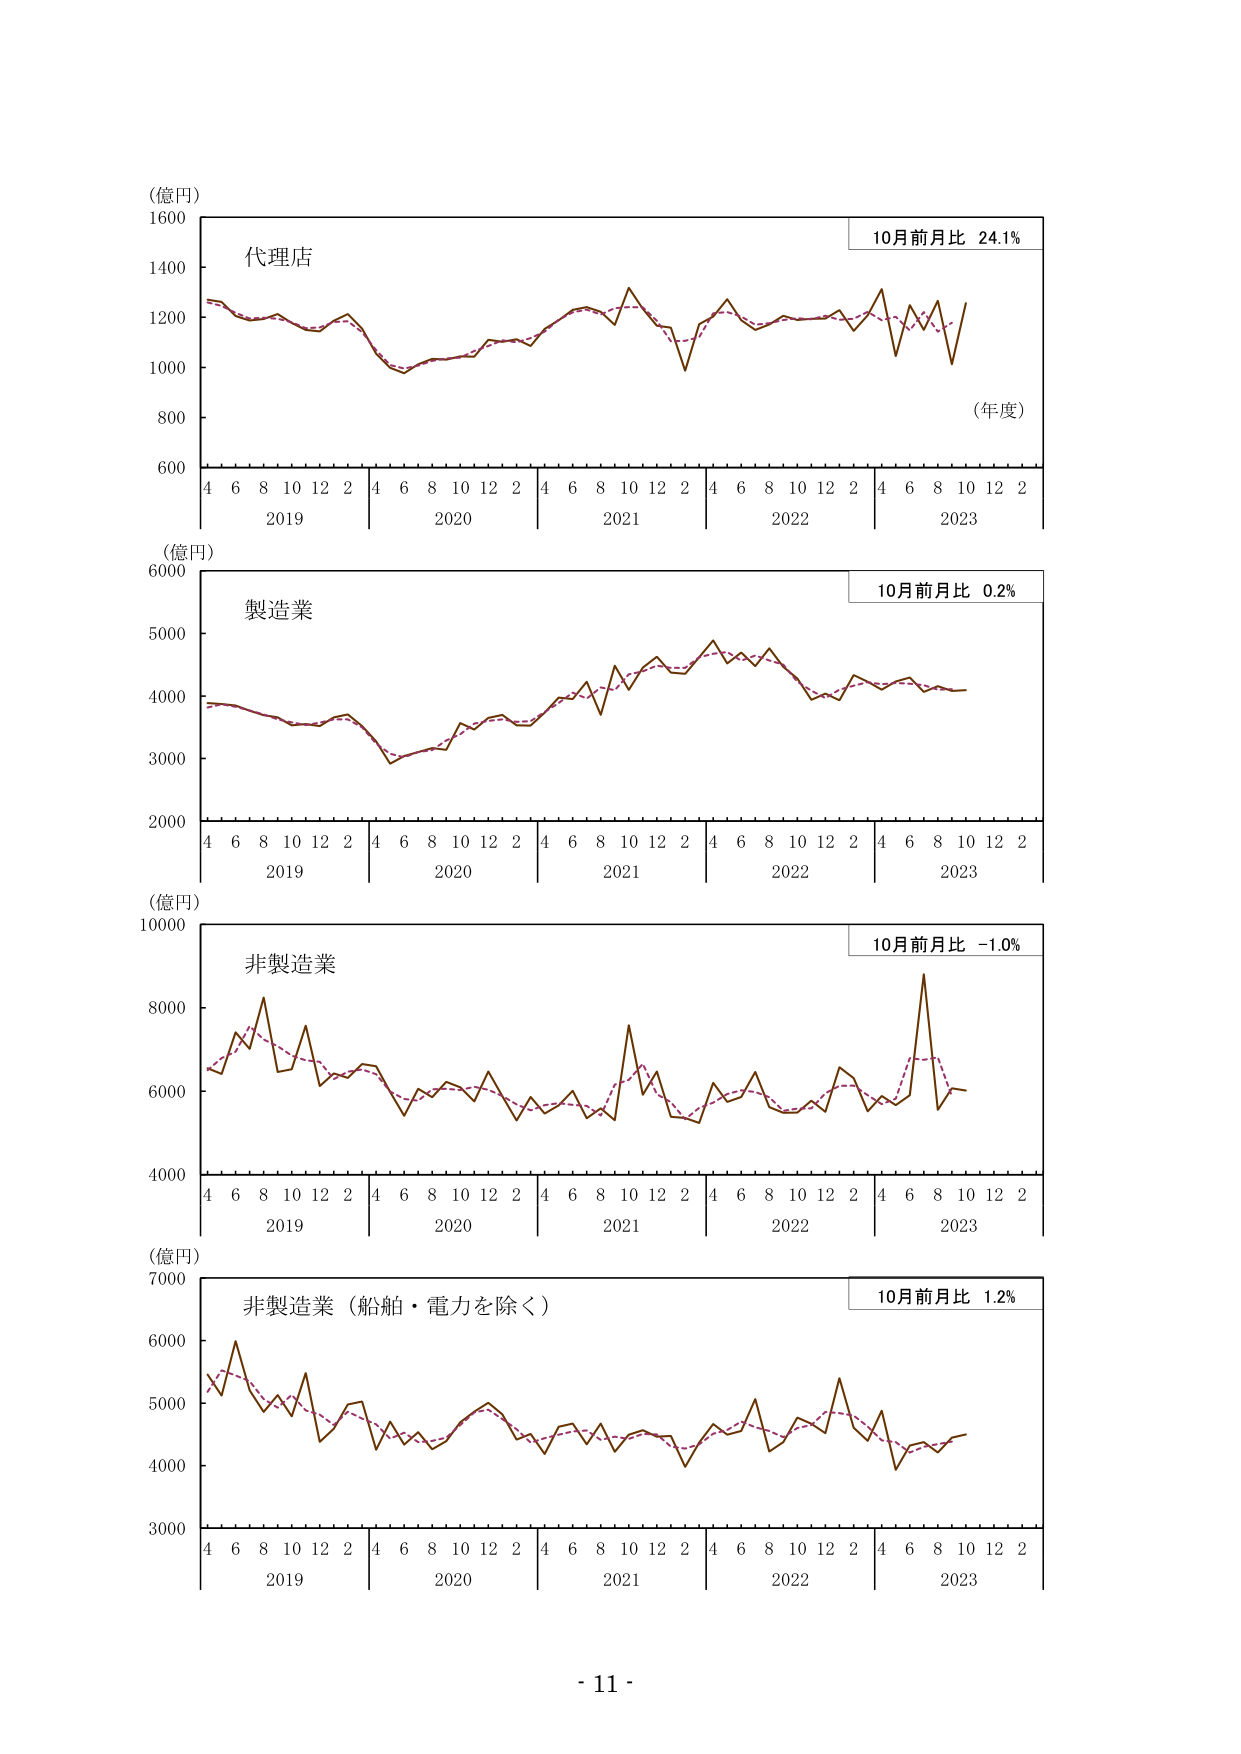
(億円)
1600
1400
1200
1000
800
600
4 6 8 10 12 2
2019
4 6 8 10 12 2
2020
4 6 8 10 12 2
2021
4 6 8 10 12 2
2022
4 6 8 10 12 2
2023
代理店
10月前月比 24.1%
(年度)

(億円)
6000
5000
4000
3000
2000
4 6 8 10 12 2
2019
4 6 8 10 12 2
2020
4 6 8 10 12 2
2021
4 6 8 10 12 2
2022
4 6 8 10 12 2
2023
製造業
10月前月比 0.2%

(億円)
10000
8000
6000
4000
4 6 8 10 12 2
2019
4 6 8 10 12 2
2020
4 6 8 10 12 2
2021
4 6 8 10 12 2
2022
4 6 8 10 12 2
2023
非製造業
10月前月比 -1.0%

(億円)
7000
6000
5000
4000
3000
4 6 8 10 12 2
2019
4 6 8 10 12 2
2020
4 6 8 10 12 2
2021
4 6 8 10 12 2
2022
4 6 8 10 12 2
2023
非製造業（船舶・電力を除く）
10月前月比 1.2%

- 11 -